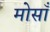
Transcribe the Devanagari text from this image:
मोसाँ